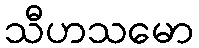
သီဟသမော